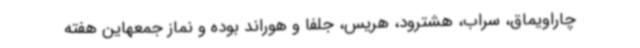
چاراویماق، سراب، هشترود، هریس، جلفا و هوراند بوده و نماز جمعهاین هفته